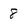
Character: 8